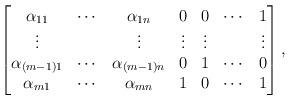
LaTeX: \begin{align*} \begin{bmatrix} \alpha_{11} &\cdots & \alpha_{1n} & 0 & 0 & \cdots & 1\\ \vdots & & \vdots & \vdots & \vdots & & \vdots\\ \alpha_{(m-1)1} &\cdots & \alpha_{(m-1)n} & 0 & 1 & \cdots & 0\\ \alpha_{m1} &\cdots & \alpha_{mn} & 1 & 0 & \cdots & 1\\ \end{bmatrix},\end{align*}